Reports on dispensaries and lunatic asylums in the Province of Oudh - 1869-1876
Year: 1869
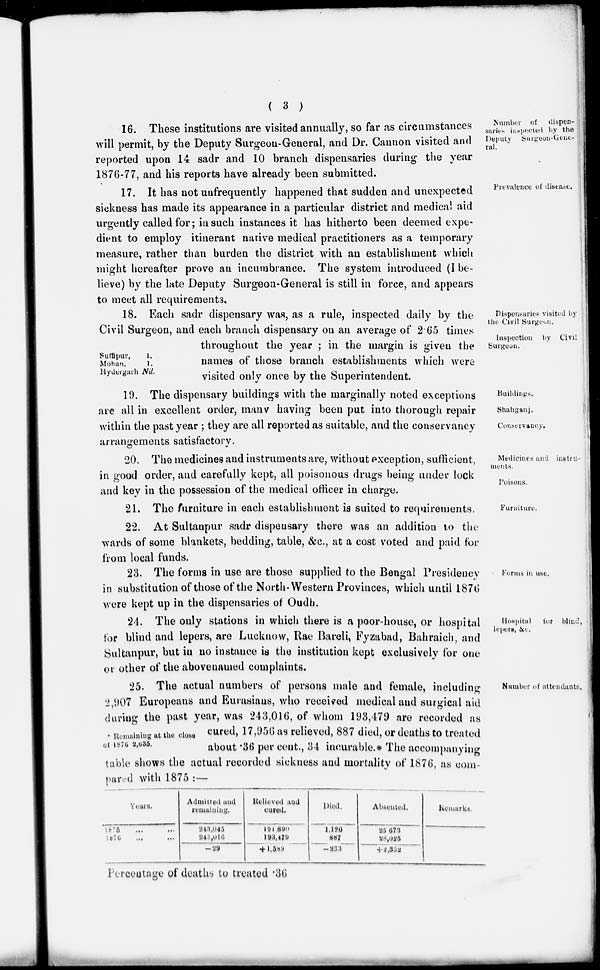
( 3 )
Number of dispen-
saries inspected by the
Deputy Surgeon-Gene-
ral.
16. These institutions are visited annually, so far as circumstances
will permit, by the Deputy Surgeon-General, and Dr. Cannon visited and
reported upon 14 sadr and 10 branch dispensaries during the year
1876-77, and his reports have already been submitted.
Prevalence of disease.
17. It has not unfrequently happened that sudden and unexpected
sickness has made its appearance in a particular district and medical aid
urgently called for; in such instances it has hitherto been deemed expe-
dient to employ itinerant native medical practitioners as a temporary
measure, rather than burden the district with an establishment which
might hereafter prove an incumbrance. The system introduced (I be-
lieve) by the late Deputy Surgeon-General is still in force, and appears
to meet all requirements.
Dispensaries visited by
the Civil Surgeon.
Inspection by Civil
Surgeon,
Suffipur,
1.
Mohan,
1.
Hydergarh Nil.
18. Each sadr dispensary was, as a rule, inspected daily by the
Civil Surgeon, and each branch dispensary on an average of 2.65 times
throughout the year ; in the margin is given the
names of those branch establishments which were
visited only once by the Superintendent.
Buildings.
Shahganj.
Conservancy.
19. The dispensary buildings with the marginally noted exceptions
are all in excellent order, many having been put into thorough repair
within the past year ; they are all reported as suitable, and the conservancy
arrangements satisfactory.
Medicines and instru-
ments.
Poisons.
20. The medicines and instruments are, without exception, sufficient,
in good order, and carefully kept, all poisonous drugs being under lock
and key in the possession of the medical officer in charge.
Furniture.
21. The furniture in each establishment is suited to requirements.
22. At Sultanpur sadr dispensary there was an addition to the
wards of some blankets, bedding, table, &c., at a cost voted and paid for
from local funds.
Forms in use.
23. The forms in use are those supplied to the Bengal Presidency
in substitution of those of the North- Western Provinces, which until 187tl
were kept up in the dispensaries of Oudh.
Hospital for blind,
lepers, &c.
24. The only stations in which there is a poor-house, or hospital
for blind and lepers, are Lucknow, Rae Bareli, Fyzabad, Bahraich, and
Sultanpur, but in no instance is the institution kept exclusively for one
or other of the abovenamed complaints.
Number of attendants.
25. The actual numbers of persons male and female, including
2,907 Europeans and Eurasians, who received medical and surgical aid
during the past year, was 243,016, of whom 193,479 are recorded as
cured, 17,956 as relieved, 887 died, or deaths to treated
about .36 per cent., 34 incurable.* The accompanying
table shows the actual recorded sickness and mortality of 1876, as com-
pared with 1875 :—
Remaining at the close
of 1876 2,635.
Years.
1875 ... ...
1876
...
...
Admitted and
remaining.
243,045
243,016
-29
Relieved and
cured.
191,890
193,479
+ 1,589
Died.
1,120
887
-233
Absented.
25,673
28,025
+2,352
Remarks.
Percentage of deaths to treated .36